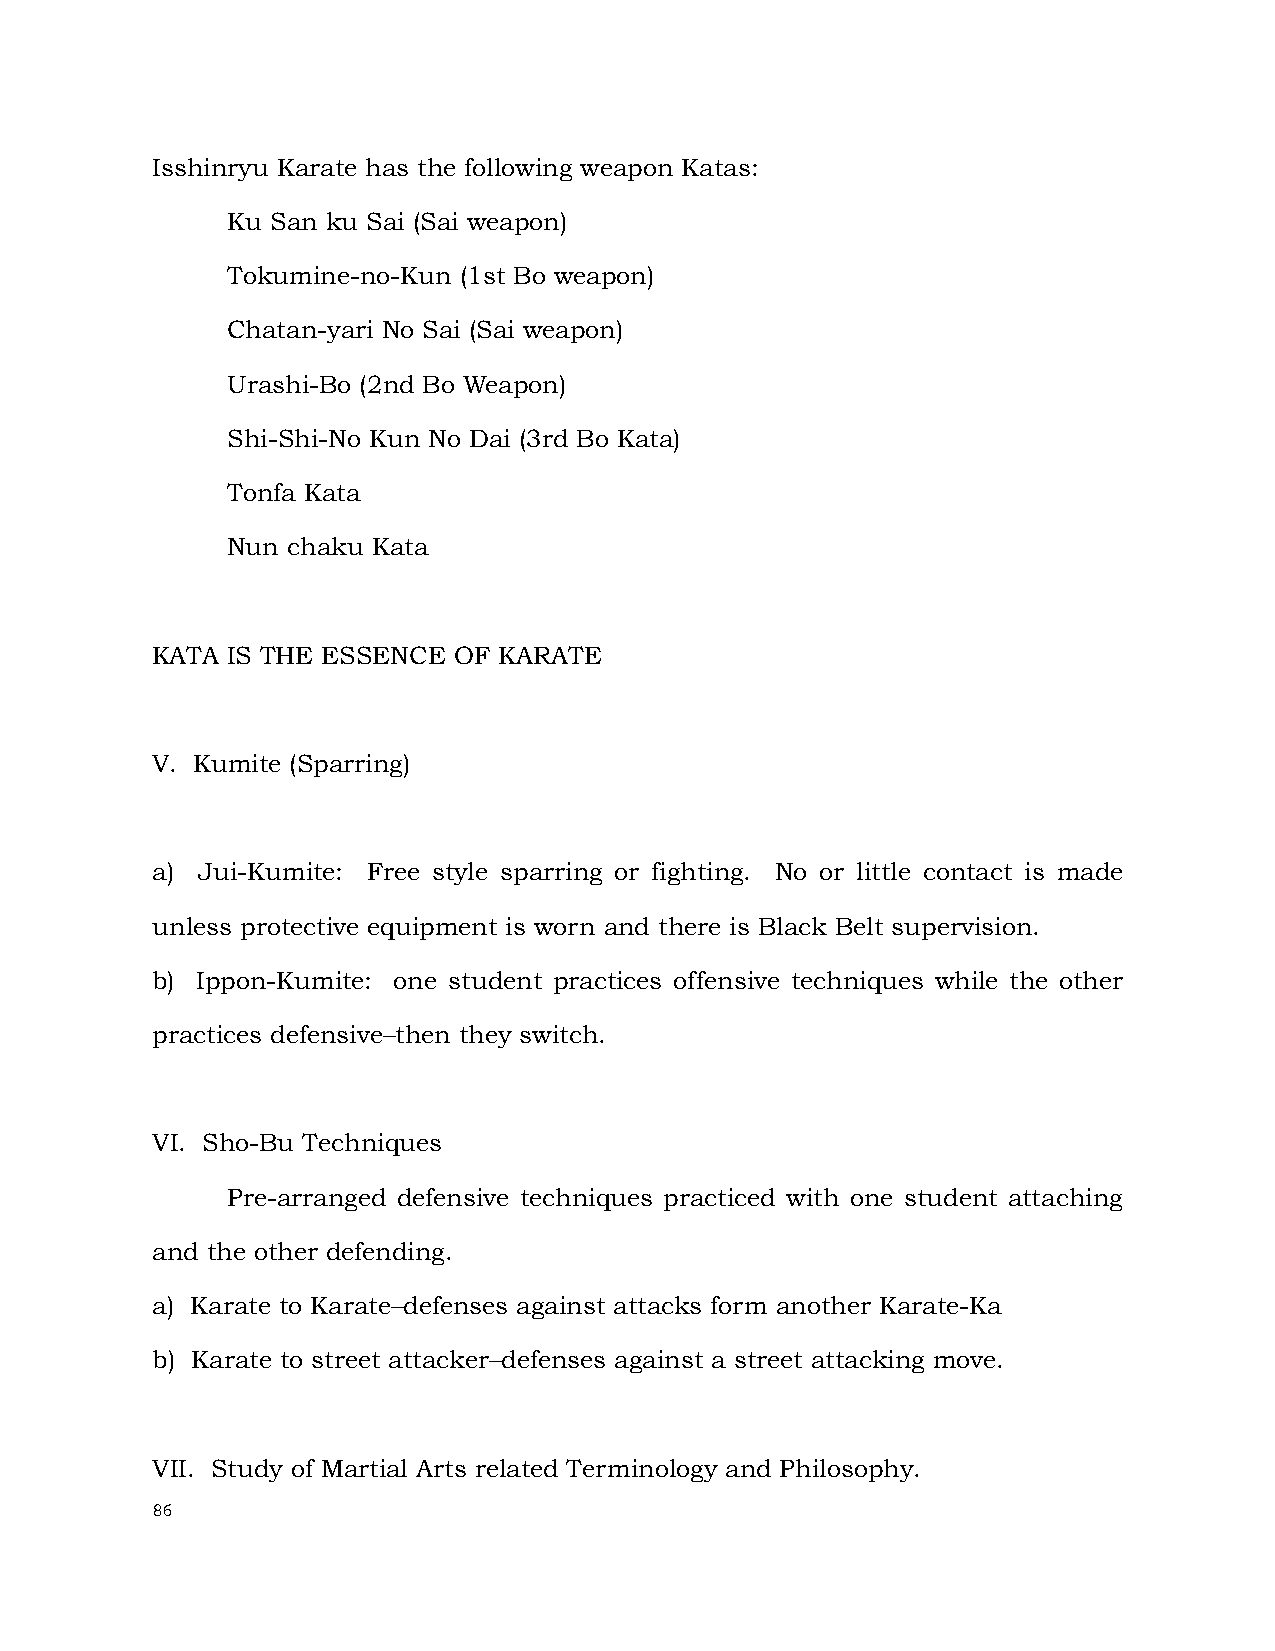
Isshinryu Karate has the following weapon Katas:
 Ku San ku Sai (Sai weapon)
 Tokumine-no-Kun (1st Bo weapon)
 Chatan-yari No Sai (Sai weapon)
 Urashi-Bo (2nd Bo Weapon)
 Shi-Shi-No Kun No Dai (3rd Bo Kata)
 Tonfa Kata
 Nun chaku Kata
 KATA IS THE ESSENCE OF KARATE
 V. Kumite (Sparring)
 a) Jui-Kumite: Free style sparring or fighting. No or little contact is made
 unless protective equipment is worn and there is Black Belt supervision.
 b) Ippon-Kumite: one student practices offensive techniques while the other
 practices defensive–then they switch.
 VI. Sho-Bu Techniques
 Pre-arranged defensive techniques practiced with one student attaching
 and the other defending.
 a) Karate to Karate–defenses against attacks form another Karate-Ka
 b) Karate to street attacker–defenses against a street attacking move.
 VII. Study of Martial Arts related Terminology and Philosophy.
 86